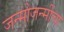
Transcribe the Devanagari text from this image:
जन्मोजन्मींचा